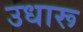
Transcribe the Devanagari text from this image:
उधारू